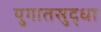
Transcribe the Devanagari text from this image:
युगातसुद्धा